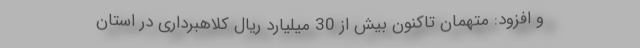
و افزود: متهمان تاکنون بیش از 30 میلیارد ریال کلاهبرداری در استان